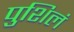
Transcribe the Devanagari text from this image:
पुशिलं